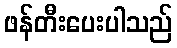
ဖန်တီးပေးပါသည်